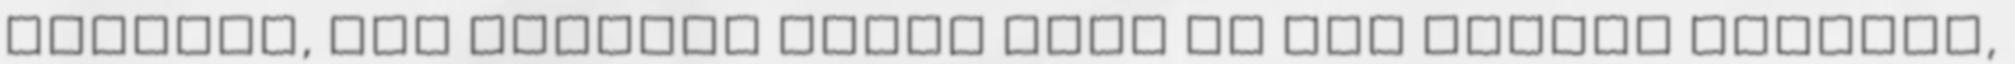
jövőben, így viszont végre neki is van valami szerepe,